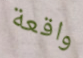
واقعة